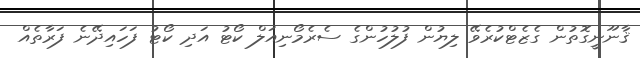
ޤާނޫނީގޮތުން ގެޒެޓްކުރެވޭ ލިޔުން ފުލުހުންގެ ސެރެމޯނިއަލް ކޯޓު އަދި ކޯޓު ފަހައިދޭނެ ފަރާތެއް